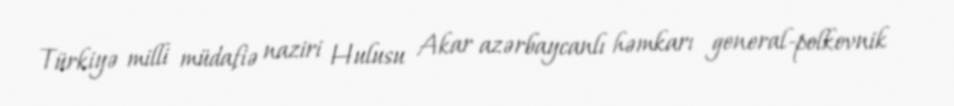
Türkiyə milli müdafiə naziri Hulusu Akar azərbaycanlı həmkarı general-polkovnik